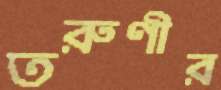
তরুণীর